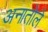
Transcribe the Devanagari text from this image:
अनातोले